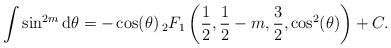
LaTeX: \begin{align*} \int \sin^{2m} {\rm d}\theta = - \cos(\theta) \, _{2}F_{1}\left( \frac{1}{2}, \frac{1}{2} - m, \frac{3}{2}, \cos^{2}(\theta) \right) + C. \end{align*}